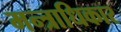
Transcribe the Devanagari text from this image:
मन्त्राधिकार